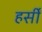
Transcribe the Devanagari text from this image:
हर्सीं